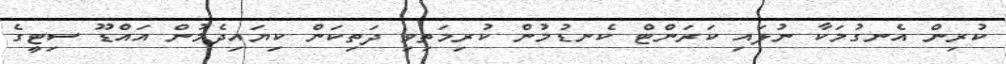
ކުރިން އެނގުމަކާ ނުލައި ކަރަންޓް ކެނޑުމުން ކުރިމަތިވި ދަތިކަން ކިޔައިދެމުން އައްޑޫ ސިޓީގެ